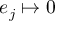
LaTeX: e _ { j } \mapsto 0